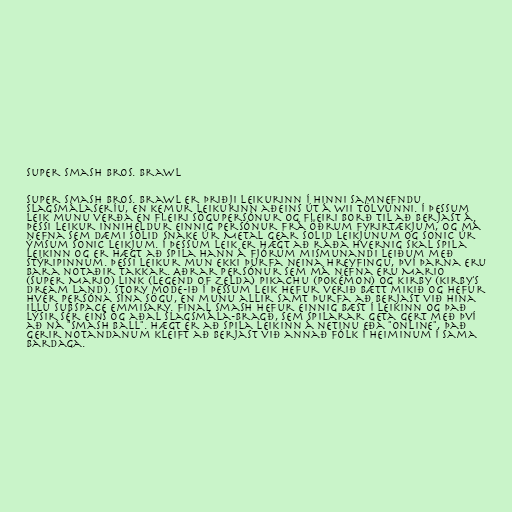
Super smash bros. brawl

Super smash bros. brawl er þriðji leikurinn í hinni samnefndu
slagsmálaseríu, en kemur leikurinn aðeins út á Wii tölvunni. í þessum
leik munu verða en fleiri sögupersónur og fleiri borð til að berjast á.
Þessi leikur inniheldur einnig persónur frá öðrum fyrirtækjum, og má
nefna sem dæmi Solid Snake úr Metal Gear Solid leikjunum og Sonic úr
ýmsum sonic leikjum. Í þessum leik er hægt að ráða hvernig skal spila
leikinn og er hægt að spila hann á fjórum mismunandi leiðum með
stýripinnum. Þessi leikur mun ekki þurfa neina hreyfingu, því þarna eru
bara notaðir takkar. Aðrar persónur sem má nefna eru Mario
(Super Mario) Link (Legend of Zelda) Pikachu (pokémon) og kirby (kirby's
dream land). Story mode-ið í þessum leik hefur verið bætt mikið og hefur
hver persóna sína sögu, en munu allir samt þurfa að berjast við hina
illu Subspace emmisary. Final smash hefur einnig bæst í leikinn og það
lýsir sér eins og aðal slagsmála-bragð, sem spilarar geta gert með því
að ná "Smash Ball". Hægt er að spila leikinn á netinu eða "online", það
gerir notandanum kleift að berjast við annað fólk í heiminum í sama
bardaga.